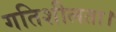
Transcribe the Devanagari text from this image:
गतिशीलता।